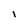
Character: l